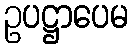
ဥပဋ္ဌာပေမ